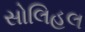
સોલિહલ